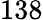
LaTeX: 138